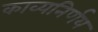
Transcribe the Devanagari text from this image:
काव्यनिर्णय